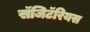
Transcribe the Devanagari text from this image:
सॅजिटॅरियस